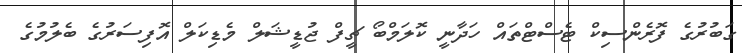
ގަބުރުގެ ފޮރެންސިކް ޓެސްޓްތައް ހަދާނީ ކޮލަމްބޯ ޗީފް ޖުޑީޝަލް މެޑިކަލް އޮފިސަރުގެ ބެލުމުގެ